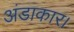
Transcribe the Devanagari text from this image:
अंडाकार।